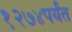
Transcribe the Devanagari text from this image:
१२७४पर्यंत